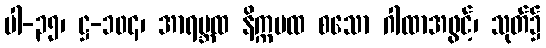
ပါ-၃၅၊ ဋ္ဌ-၁၀၄၊ အာရဗ္ဘထ နိက္ကမထ စသော ဂါထာအဖွင့်၊ သုတ်၌